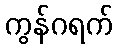
ကွန်ဂရက်